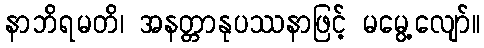
နာဘိရမတိ၊ အနတ္တာနုပဿနာဖြင့် မမွေ့လျော်။